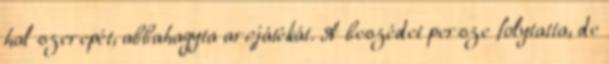
hal szerepét, abbahagyta arcjátékát. A beszédet persze folytatta, de